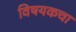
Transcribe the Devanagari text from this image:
विषयकचा